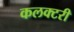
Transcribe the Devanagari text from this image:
कलक्टरी